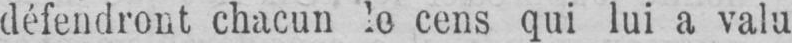
défendront chacun le cens qui lui a valu